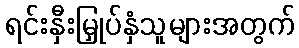
ရင်းနှီးမြှုပ်နှံသူများအတွက်